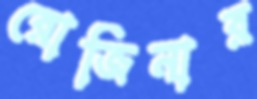
রোজিনার